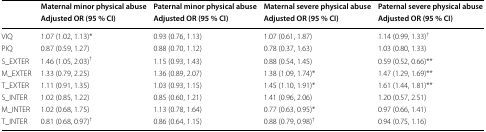
| <ROWSPAN=2>  | Maternal minor physical abuse | Paternal minor physical abuse | Maternal severe physical abuse | Paternal severe physical abuse |
 | Adjusted OR (95 % CI) | Adjusted OR (95 % CI) | Adjusted OR (95 % CI) | Adjusted OR (95 % CI) |
 | --- | --- | --- | --- | --- |
 | VIQ | 1.07 (1.02, 1.13)* | 0.93 (0.76, 1.13) | 1.07 (0.61, 1.87) | 1.14 (0.99, 1.33)† |
 | PIQ | 0.87 (0.59, 1.27) | 0.88 (0.70, 1.12) | 0.78 (0.37, 1.63) | 1.03 (0.80, 1.33) |
 | S_EXTER | 1.46 (1.05, 2.03)† | 1.15 (0.93, 1.43) | 0.88 (0.54, 1.45) | 0.59 (0.52, 0.66)** |
 | M_EXTER | 1.33 (0.79, 2.25) | 1.36 (0.89, 2.07) | 1.38 (1.09, 1.74)* | 1.47 (1.29, 1.69)** |
 | T_EXTER | 1.11 (0.91, 1.35) | 1.03 (0.93, 1.15) | 1.45 (1.10, 1.91)* | 1.61 (1.44, 1.81)** |
 | S_INTER | 1.02 (0.85, 1.22) | 0.85 (0.60, 1.21) | 1.41 (0.96, 2.06) | 1.20 (0.57, 2.51) |
 | M_INTER | 1.02 (0.68, 1.75) | 1.13 (0.78, 1.64) | 0.77 (0.63, 0.95)* | 0.97 (0.66, 1.41) |
 | T_INTER | 0.81 (0.68, 0.97)† | 0.86 (0.64, 1.15) | 0.88 (0.79, 0.98)† | 0.94 (0.75, 1.16) |